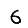
Digit: 6